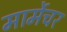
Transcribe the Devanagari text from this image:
मार्मेचर